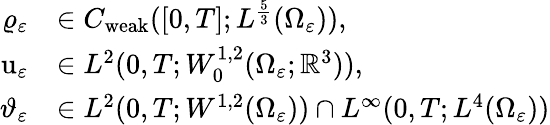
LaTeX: \begin{array}{rl}{\varrho_{\varepsilon}}&{\in C_{\mathrm{weak}}([0,T];L^{\frac{5}{3}}(\Omega_{\varepsilon})),}\\ {\textbf{\textup{u}}_{\varepsilon}}&{\in L^{2}(0,T;W_{0}^{1,2}(\Omega_{\varepsilon};\mathbb{R}^{3})),}\\ {\vartheta_{\varepsilon}}&{\in L^{2}(0,T;W^{1,2}(\Omega_{\varepsilon}))\cap L^{\infty}(0,T;L^{4}(\Omega_{\varepsilon}))}\end{array}